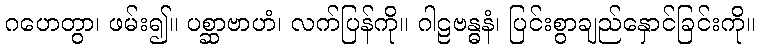
ဂဟေတွာ၊ ဖမ်း၍။ ပစ္ဆာဗာဟံ၊ လက်ပြန်ကို။ ဂါဠဗန္ဓနံ၊ ပြင်းစွာချည်နှောင်ခြင်းကို။